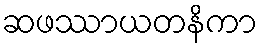
ဆဖဿာယတနိကာ